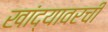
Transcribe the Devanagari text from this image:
खांद्यावरची